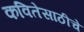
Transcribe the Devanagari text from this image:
कवितेसाठीचे